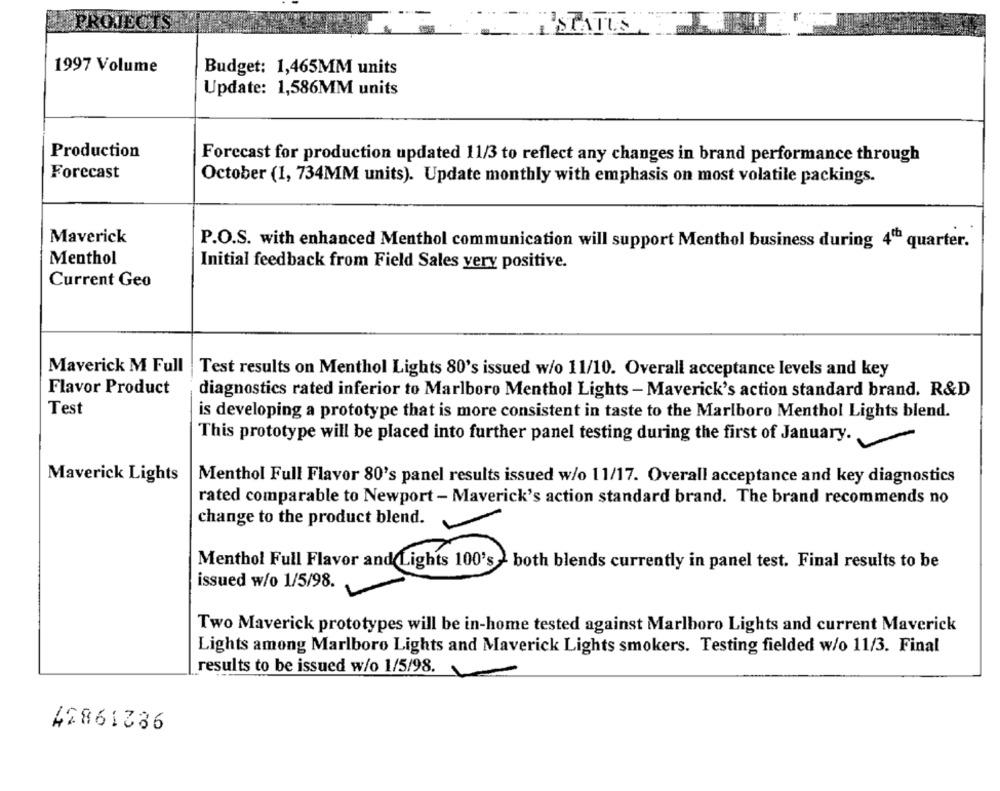
STATUS
1997 Volume
Budget: 1,465MM units
Update: 1,586MM units
Production
Forecast for production updated 11/3 to reflect any changes in brand performance through
Forecast
October (1, 734MM units). Update monthly with emphasis on most volatile packings.
Maverick
P.O.S. with enhanced Menthol communication will support Menthol business during 400 quarter.
Menthol
Initial feedback from Field Sales very positive.
Current Geo
Maverick M Full
Test results on Menthol Lights 80's issued w/o 11/10. Overall acceptance levels and key
Flavor Product
diagnostics rated inferior to Marlboro Menthol Lights - Maverick's action standard brand. R&D
Test
is developing a prototype that is more consistent in taste to the Marlboro Menthol Lights blend.
This prototype will be placed into further panel testing during the first of January.
Maverick Lights
Menthol Full Flavor 80's panel results issued w/o 11/17. Overall acceptance and key diagnostics
rated comparable to Newport - Maverick's action standard brand. The brand recommends no
change to the product blend.
-
Menthol Full Flavor and Lights 100's > both blends currently in panel test. Final results to be
issued w/o 1/5/98.
Two Maverick prototypes will be in-home tested against Marlboro Lights and current Maverick
Lights among Marlboro Lights and Maverick Lights smokers. Testing fielded w/o 11/3. Final
results to be issued w/o 1/5/98.
42861386